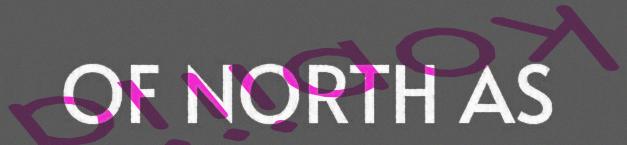
OF NORTH AS